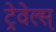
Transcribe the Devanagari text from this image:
ट्रेवेल्स्